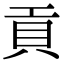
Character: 貢